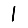
Digit: 1